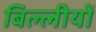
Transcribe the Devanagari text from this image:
बिल्लीयों